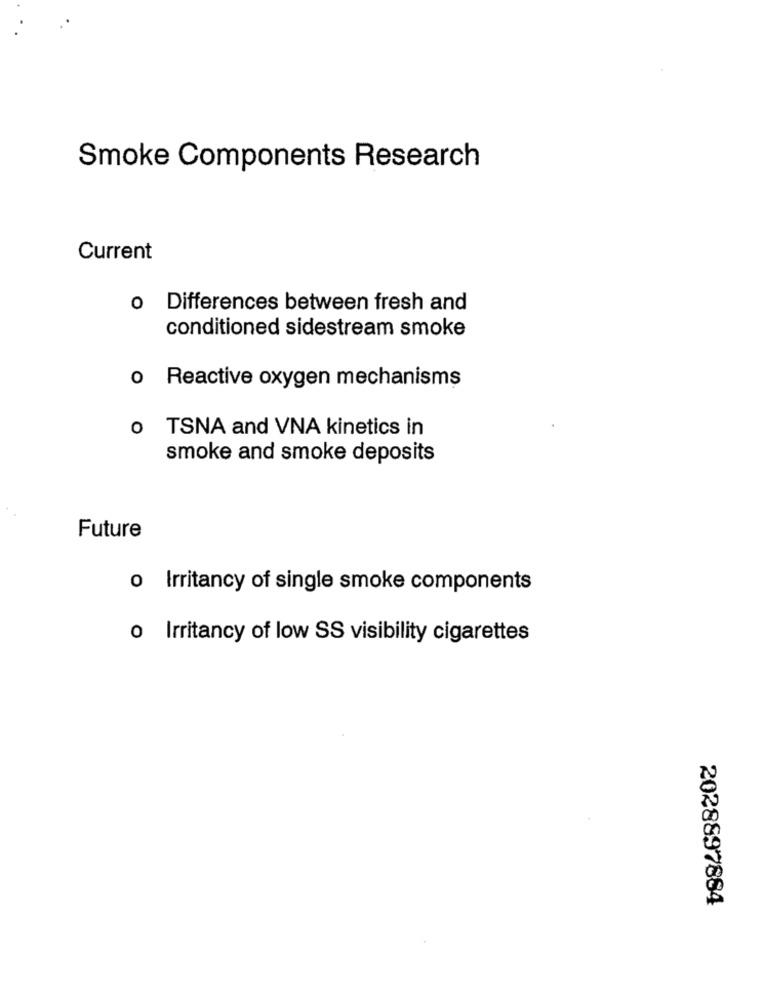
Smoke Components Research
Current
o Differences between fresh and
conditioned sidestream smoke
o Reactive oxygen mechanisms
o TSNA and VNA kinetics in
smoke and smoke deposits
Future
o Irritancy of single smoke components
o Irritancy of low SS visibility cigarettes
2028897884